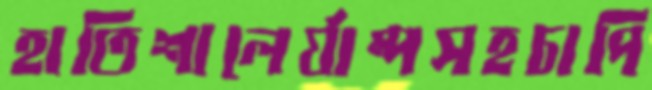
হাতিশালের‍্যাম্পসহচাপি